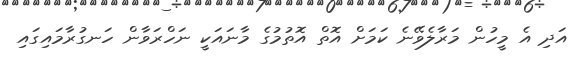
އަދި އެ މީހުން މަރާލެވޭނެ ކަމަށް އޮތް އޮތުމުގެ މާނައަކީ ނަހްރަވާން ހަނގުރާމައިގައި